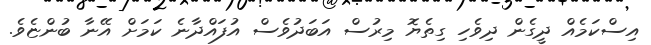
އިސްކަމެއް ދީގެން ދިވެހި ގިތެޔޮ މިރުސް އަބަދުވެސް އުފައްދާނެ ކަމަށް އޭނާ ބުންޏެވެ.